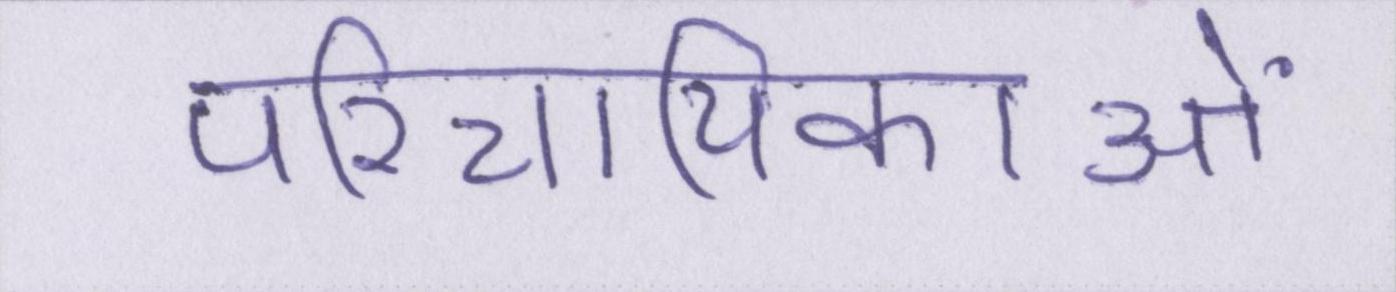
परिचायिकाओं